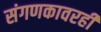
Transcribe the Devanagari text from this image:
संगणकावरही